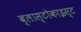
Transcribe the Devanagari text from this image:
ब्लास्टोकाइस्ट